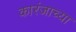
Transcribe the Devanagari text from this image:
कारंजाच्या